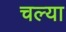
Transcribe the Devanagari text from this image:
चल्या